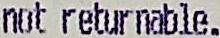
NOT RETURNABLE.